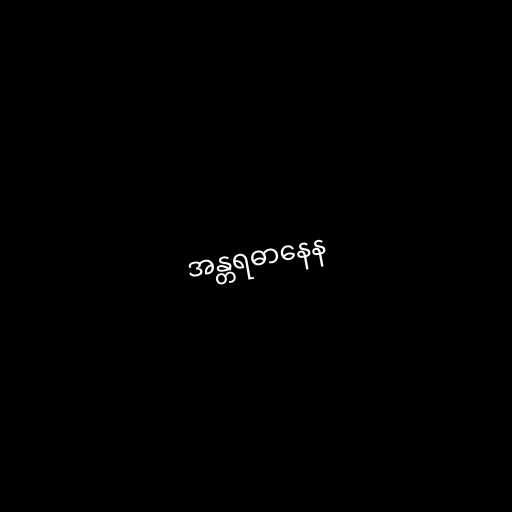
အန္တရဓာနေန